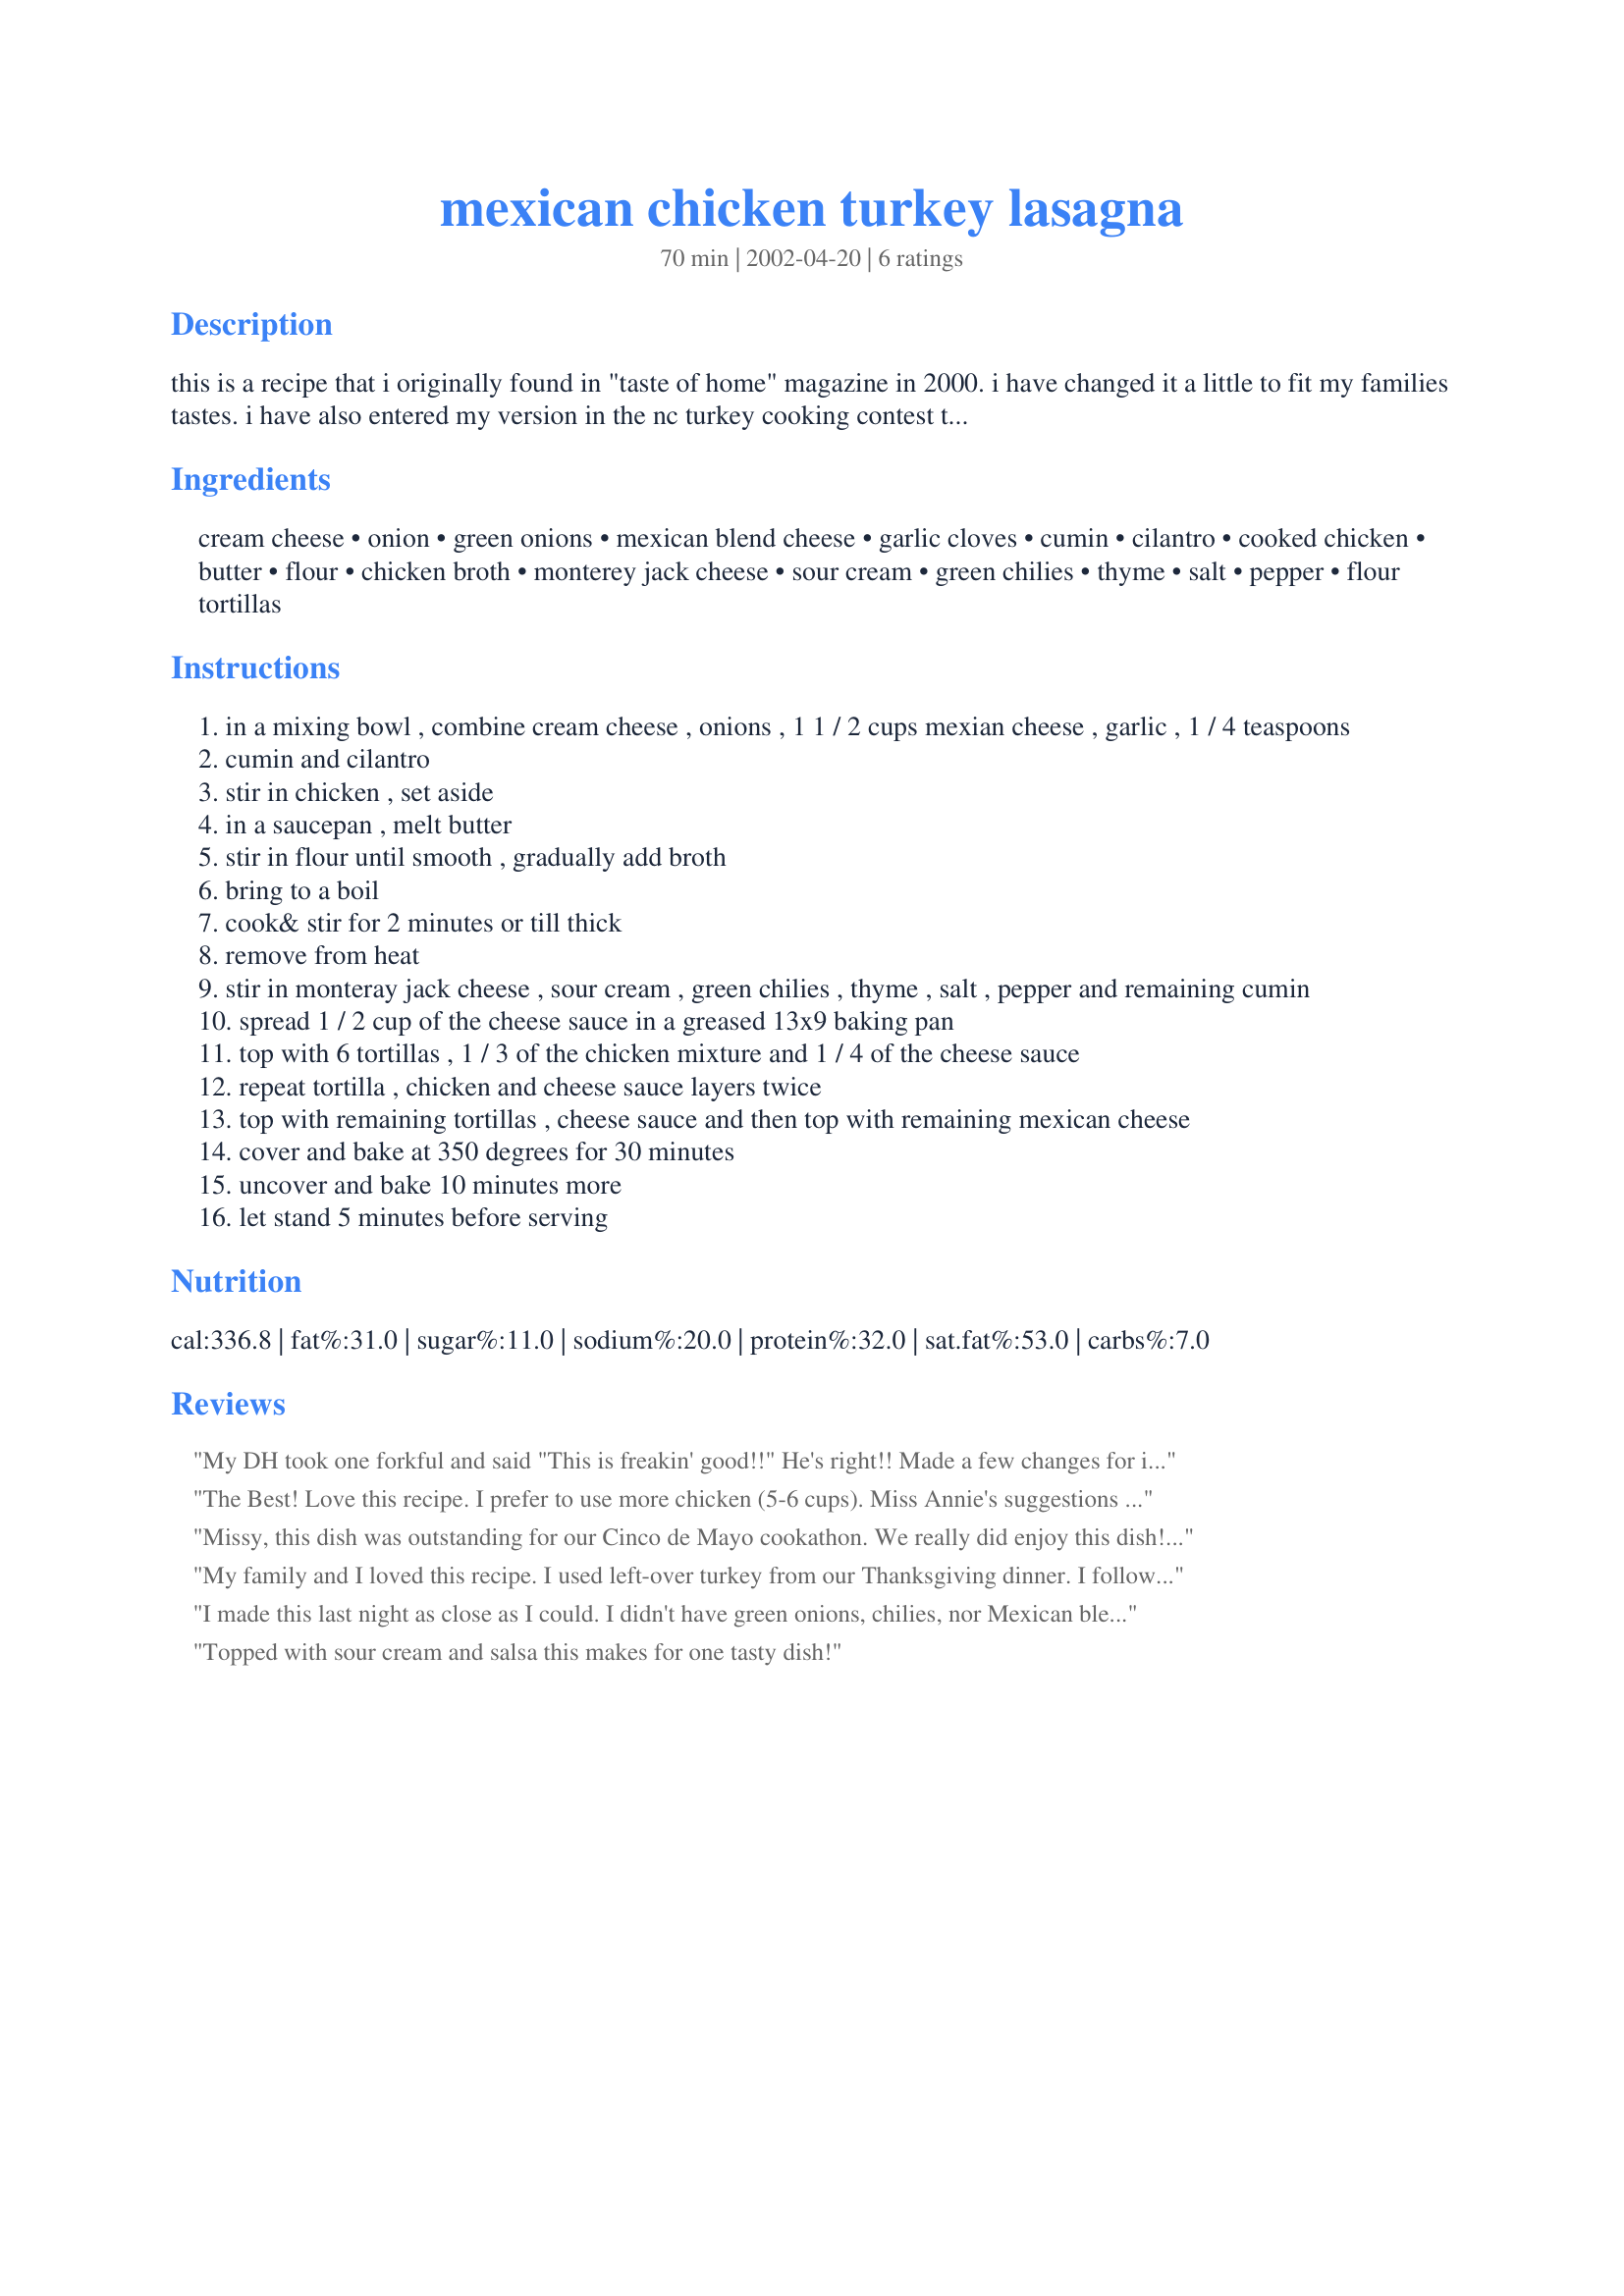
mexican chicken turkey lasagna
Preparation time: 70 minutes

this is a recipe that i originally found in "taste of home" magazine in 2000. i have changed it a little to fit my families tastes. i have also entered my version in the nc turkey cooking contest this year........wouldn't it be great if i won?? :-)

Ingredients:
cream cheese, onion, green onions, mexican blend cheese, garlic cloves, cumin, cilantro, cooked chicken, butter, flour, chicken broth, monterey jack cheese, sour cream, green chilies, thyme, salt, pepper, flour tortillas

Steps:
in a mixing bowl , combine cream cheese , onions , 1 1 / 2 cups mexian cheese , garlic , 1 / 4 teaspoons
cumin and cilantro
stir in chicken , set aside
in a saucepan , melt butter
stir in flour until smooth , gradually add broth
bring to a boil
cook& stir for 2 minutes or till thick
remove from heat
stir in monteray jack cheese , sour cream , green chilies , thyme , salt , pepper and remaining cumin
spread 1 / 2 cup of the cheese sauce in a greased 13x9 baking pan
top with 6 tortillas , 1 / 3 of the chicken mixture and 1 / 4 of the cheese sauce
repeat tortilla , chicken and cheese sauce layers twice
top with remaining tortillas , cheese sauce and then top with remaining mexican cheese
cover and bake at 350 degrees for 30 minutes
uncover and bake 10 minutes more
let stand 5 minutes before serving

Reviews:
My DH took one forkful and said "This is freakin' good!!" He's right!! Made a few changes for ingredients I didn't have on hand: I didn't have green onions, so I just added extra white onion. Also didn't have green chilies, but had a can of tomatoes with green chilies so I drained that and used it. Used only Mexican blend cheese. Still AWESOME! Thanks for posting!!
The Best! Love this recipe. I prefer to use more chicken (5-6 cups). Miss Annie's suggestions sound good, so I'll try those next time. This lasagna is perfectly marvalous.
Missy, this dish was outstanding for our Cinco de Mayo cookathon. We really did enjoy this dish!
I used chicken for this dish. The only adjustments I made (personal tastes) was to use 1 Tbsp. cilantro, and 2 cans green chiles. The taste and flavor was wonderful. Thanks for posting, Missy. It will be used again and again.
My family and I loved this recipe. I used left-over turkey from our Thanksgiving dinner. I followed your directions exactly and we all felt like the seasonings were in perfect proportion. I highly recommend this for using left-over turkey. Delicious! Thanks Missy.
I made this last night as close as I could. I didn't have green onions, chilies, nor Mexican blend cheese. I used extra onions in place of the green, and had to use pepper jack and american cheese in place of the Mexican blend. It still was pretty good. Later my renters came over and I gave them some and we had more. She asked if I had salsa so we tried it with Pace Chunky Salsa and it really came to life. Thanks for a nice recipe and I hope to try it again exactly as you wrote it, topped with a dab of salsa.
Topped with sour cream and salsa this makes for one tasty dish!
